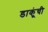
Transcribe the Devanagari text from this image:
डाकूंची